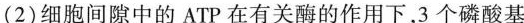
(2)细胞间隙中的ATP在有关酶的作用下，3个磷酸基